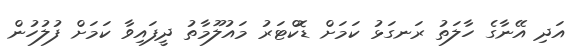
އަދި އޭނާގެ ހާލަތު ރަނގަޅު ކަމަށް ޑޮކްޓަރު މައުލޫމާތު ދީފައިވާ ކަމަށް ފުލުހުން